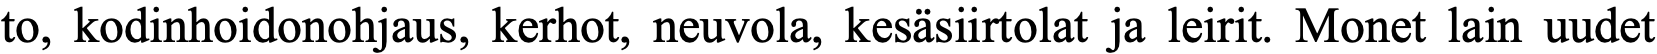
to, kodinhoidonohjaus, kerhot, neuvola, kesäsiirtolat ja leirit. Monet lain uudet